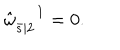
\hat { \omega } _ { \bar { s } | 2 } ^ { \phantom { \mu | A } 1 } = 0 .